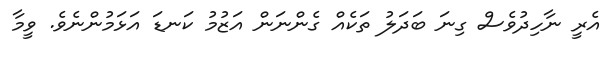
އެރީ ނާހިދުވެސް ގިނަ ބަދަލު ތަކެއް ގެންނަން އަޒުމު ކަނޑަ އަޅަމުންނެވެ. ވީމާ